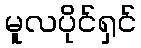
မူလပိုင်ရှင်